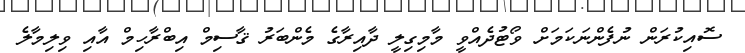
ސޮއިކުރަން ނުފެންނަކަމަށް ވޯޓުދެއްވީ މާމިގިލީ ދާއިރާގެ މެންބަރު ޤާސިމް އިބްރާހިމް އާއި ވިލިމާލެ